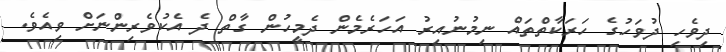
ދިވެހި ދުވަހުގެ ހަރަކާތްތައް ނިމުނުއިރު އަހަރެމެން ދެމީހުން ގާތް ދެ އެކުވެރިންނަށް ވިއެވެ.